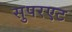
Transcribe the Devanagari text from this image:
सुपरएट